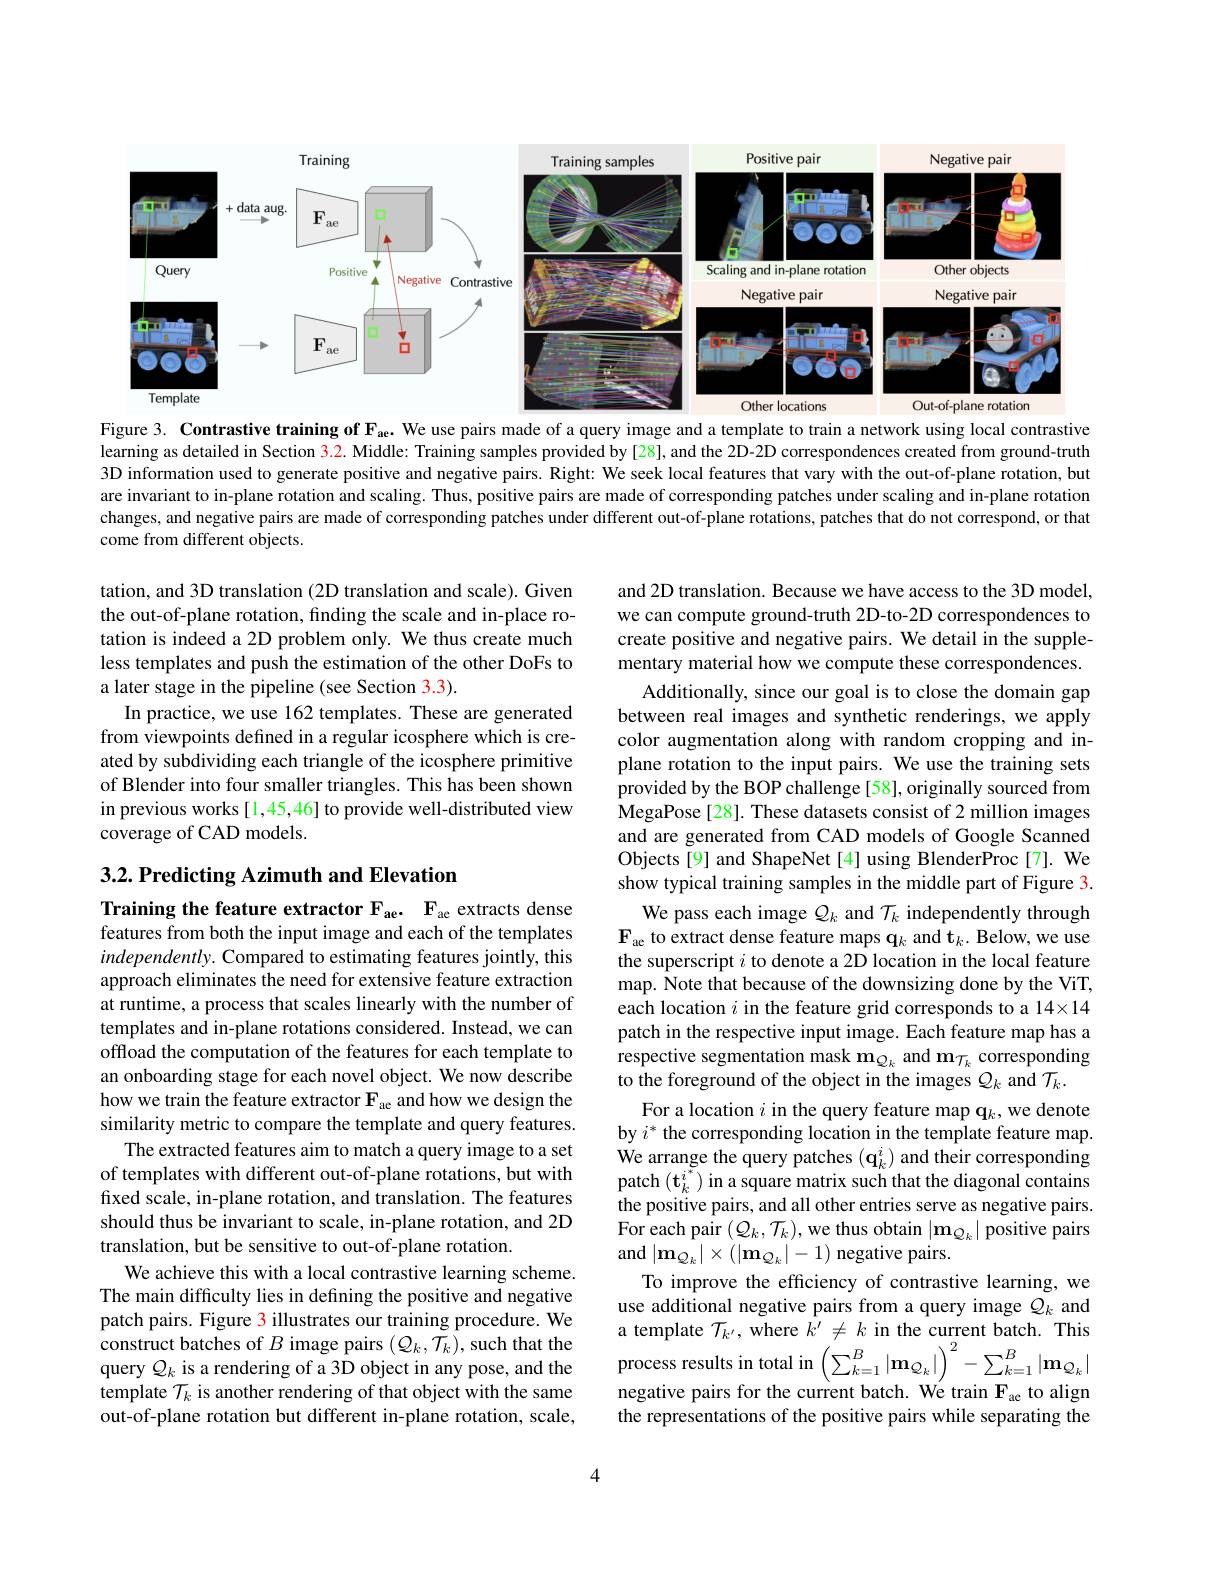
<FigureHere>
Figure 3. Contrastive training of $\mathcal{F}_\mathrm{ac}.$ We use pairs made of a query image and a template to train a network using local contrastive

learning as detailed in Section $\color{red}{3.2.}$ Middle: Training samples provided by [28], and the 2D-2D correspondences created from ground-truth 3D information used to generate positive and negative pairs. Right: We seek local features that vary with the out-of-plane rotation, but are invariant to in-plane rotation and scaling. Thus, positive pairs are made of corresponding patches under scaling and in-plane rotation changes, and negative pairs are made of corresponding patches under different out-of-plane rotations, patches that do not correspond, or that

come from different objects.

tation, and 3D translation (2D translation and scale). Given the out-of-plane rotation, finding the scale and in-place rotation is indeed a 2D problem only. We thus create much less templates and push the estimation of the other DoFs to a later stage in the pipeline (see Section 3.3).
In practice, we use 162 templates. These are generated from viewpoints defined in a regular icosphere which is created by subdividing each triangle of the icosphere primitive of Blender into four smaller triangles. This has been shown in previous works[1,45,46] to provide well-distributed view coverage of CAD models.

$3. 2. \textbf{ Predicting Azimuth and Elevation}$

Training the feature extractor F ae. F ae extracts dense

and 2D translation. Because we have access to the 3D model, we can compute ground-truth 2D-to-2D correspondences to create positive and negative pairs. We detail in the supplementary material how we compute these correspondences.
Additionally, since our goal is to close the domain gap between real images and synthetic renderings, we apply color augmentation along with random cropping and inplane rotation to the input pairs. We use the training sets provided by the BOP challenge [58], originally sourced from MegaPose [28]. These datasets consist of 2 million images and are generated from CAD models of Google Scanned Objects [9] and ShapeNet [4] using BlenderProc [7]. We show typical training samples in the middle part of Figure 3.
We pass each image $Q_k$ and $\mathcal{T}_k$ independently through $\mathbf{F}_{\mathrm{ae~to~extract~dense~feature~maps~q}_k~and~t}_k.$ Below, we use the superscript $i$ to denote a 2D location in the local feature map. Note that because of the downsizing done by the ViT, each location $i$ in the feature grid corresponds to a 14×14 patch in the respective input image. Each feature map has a respective segmentation mask $\mathbf{m}_{Q_k}$ and $\mathbf{m}_{\mathcal{T}_k}$ corresponding to the foreground of the object in the images $Q_k$ and $\mathcal{T}_k.$
For a location $i$ in the query feature map q$_k$,we denote by $i^*$ the corresponding location in the template feature map. We arrange the query patches $(\mathbf{q}_k^i)$ and their corresponding patch $(\mathbf{t}_{k}^{i^{*}})$ in a square matrix such that the diagonal contains the positive pairs, and all other entries serve as negative pairs. For each pair $(Q_k,\mathcal{T}_k)$,we thus obtain $|\mathbf{m}_{\mathcal{Q}_k}|$ positive pairs and $|\mathbf{m}_{Q_k}|\times(|\mathbf{m}_{Q_k}|-1)$ negative pairs.
To improve the efficiency of contrastive learning, we use additional negative pairs from a query image $Q_k$ and a template $\mathcal{T}_k^{\prime}$, where $k^\prime \neq k$in the current batch. This process results in total in $\left(\sum_{k=1}^B|\mathbf{m}_{Q_k}|\right)^2-\sum_{k=1}^B|\mathbf{m}_{Q_k}|$ negative pairs for the current batch. We train $\mathbf{F}_{\mathrm{ae}}$ to align the representations of the positive pairs while separating the

features from both the input image and each of the templates independently. Compared to estimating features jointly, this approach eliminates the need for extensive feature extraction at runtime, a process that scales linearly with the number of templates and in-plane rotations considered. Instead, we can offload the computation of the features for each template to an onboarding stage for each novel object. We now describe how we train the feature extractor $\mathbf{F}_{\mathrm{ae}}$ and how we design the similarity metric to compare the template and query features.
The extracted features aim to match a query image to a set of templates with different out-of-plane rotations, but with fixed scale, in-plane rotation, and translation. The features should thus be invariant to scale, in-plane rotation, and 2D translation, but be sensitive to out-of-plane rotation.
We achieve this with a local contrastive learning scheme. The main difficulty lies in defining the positive and negative patch pairs. Figure 3 illustrates our training procedure. We construct batches of $B$ image pairs $(\mathcal{Q}_k,\mathcal{T}_k)$, such that the query $Q_k$ is a rendering of a 3D object in any pose, and the template $\mathcal{T}_k$ is another rendering of that object with the same out-of-plane rotation but different in-plane rotation, scale,

4